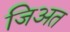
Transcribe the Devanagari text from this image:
जिअत